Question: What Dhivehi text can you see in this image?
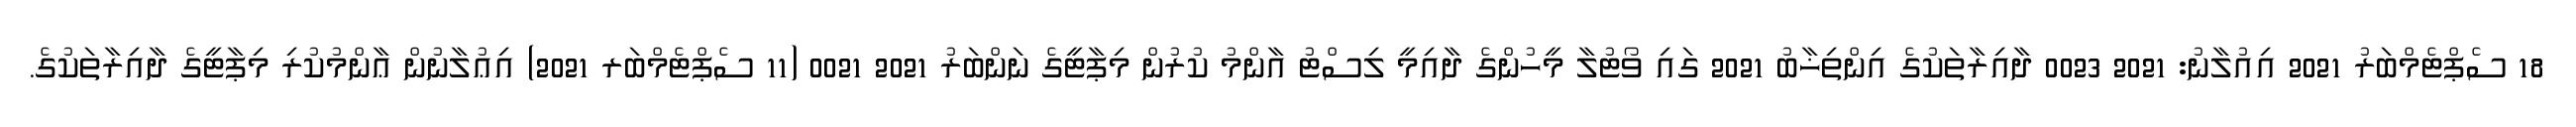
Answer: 18 ސެޕްޓެމްބަރު 2021 އިއުލާނު: 2021 0023 ދާއިރާތަކުގެ އިންތިޚާބު 2021 ގައި ވޯޓުލާ މީހުންގެ ދާއިމީ ލިސްޓު އާންމު ކުރުން މިޕާޓީގެ ނަންބަރު 2021 0021 (11 ސެޕްޓެމްބަރ 2021) އިޢުލާނުން ޢާންމުކުރި މިޕާޓީގެ ދާއިރާތަކުގެ.